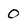
Character: 0